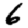
Digit: 6